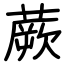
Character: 蕨